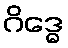
ဂိဒ္ဓေ